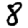
Digit: 8